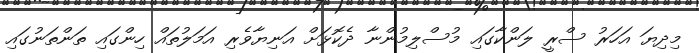
މިދިޔަ އަހަރު ސްރީ ލަންކާގައި މުސްލިމުންނާ ދެކޮޅަށް އަނިޔާވެރި އަމަލުތައް ހިންގައި ތަންތަނުގައި